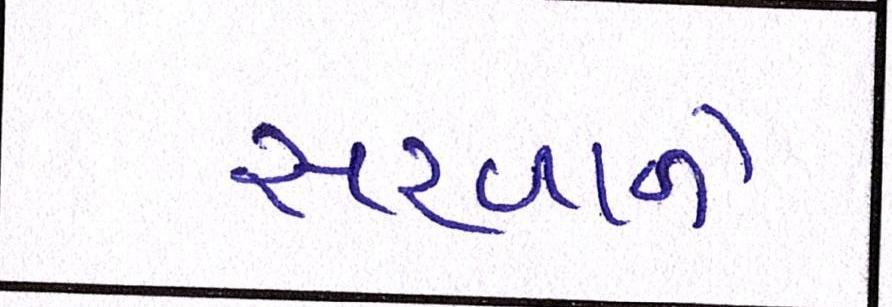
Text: સરવાળે